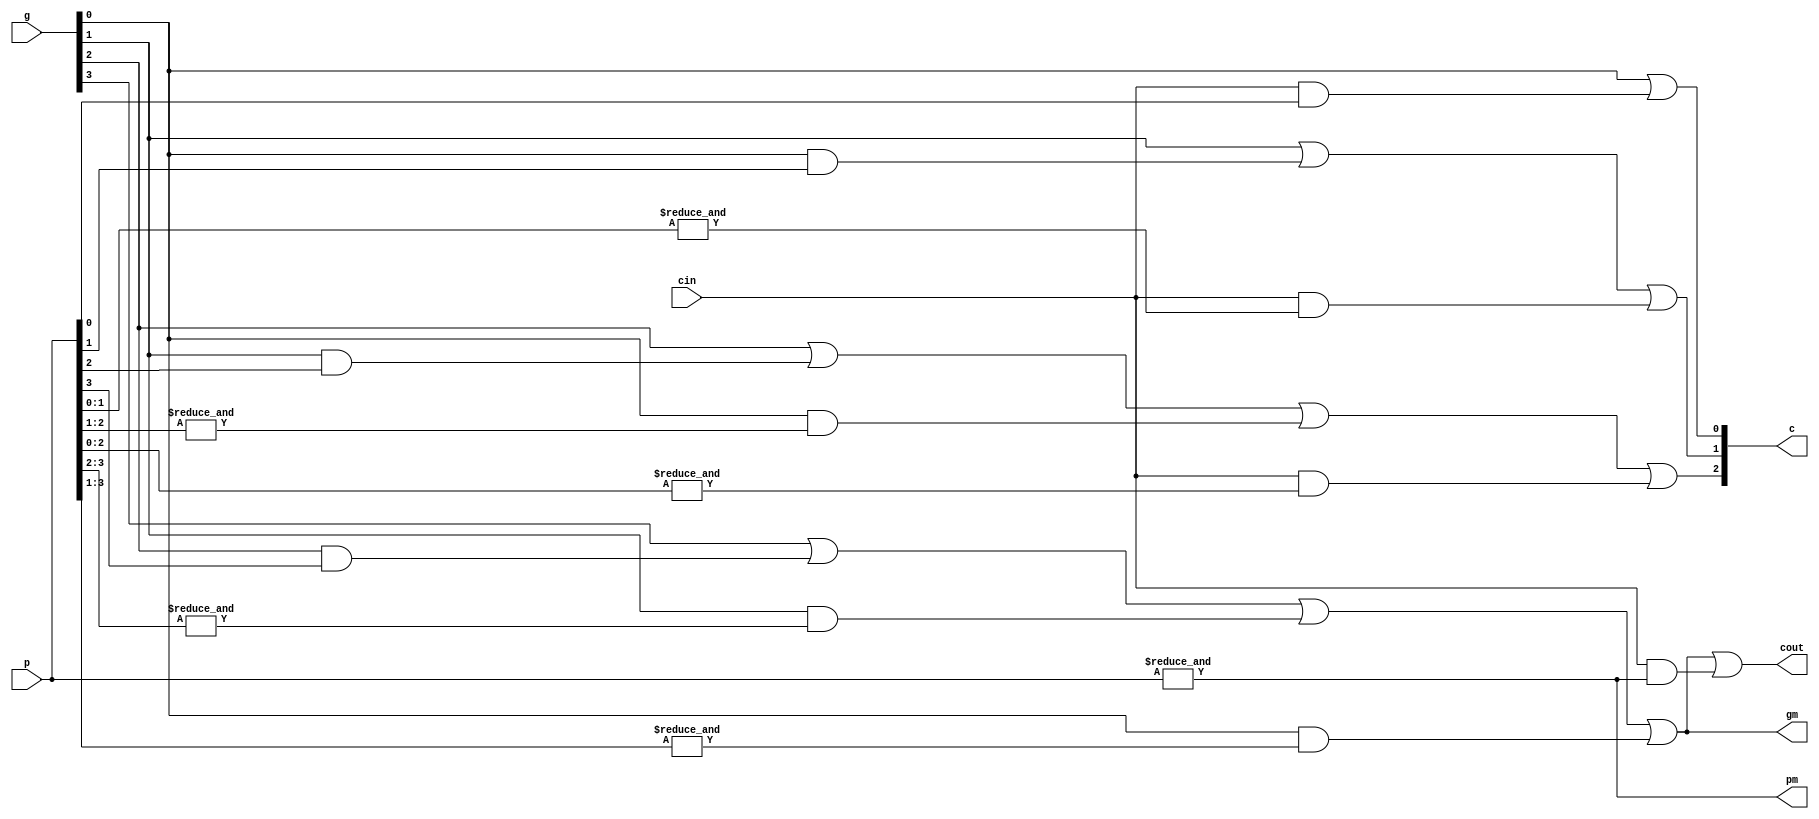
/* ACM Class System (I) Fall Assignment 1 
 *
 *
 * Implement your naive adder here
 * 
 * GUIDE:
 *   1. Create a RTL project in Vivado
 *   2. Put this file into `Sources'
 *   3. Put `test_adder.v' into `Simulation Sources'
 *   4. Run Behavioral Simulation
 *   5. Make sure to run at least 100 steps during the simulation (usually 100ns)
 *   6. You can see the results in `Tcl console'
 *
 */


//PGPMGM
module CLA(
        input [3:0] p, g,
        input cin,
        output [3:1] c,
        output cout, pm, gm
    );
    assign c[1] = g[0] | cin & p[0];
    assign c[2] = g[1] | g[0] & p[1] | cin  & (&p[1:0]);
    assign c[3] = g[2] | g[1] & p[2] | g[0] & (&p[2:1]) | cin  & (&p[2:0]);
    assign cout = g[3] | g[2] & p[3] | g[1] & (&p[3:2]) | g[0] & (&p[3:1]) | cin & (&p[3:0]);
	assign {gm,pm}={g[3] | g[2] & p[3] | g[1] & (&p[3:2]) | g[0] & (&p[3:1]),&p};
endmodule 


module CLA4(
        input [3:0] x1, x2,
        input cin,
        output [3:0] s,
        output cout, p, g
    );
    wire [3:0] P= x1 ^ x2;
    wire [3:0] G= x1 & x2;
    wire [3:1] c;
    CLA process(.p(P), .g(G), .c(c), .cin(cin), .cout(cout), .gm(g), .pm(p));
	assign s0 = {c,cin};
    assign s = P ^ s0;
endmodule //CLA4


module CLA16 (
        input [15:0] X1, X2,
        input cin,
        output [15:0] s,
        output cout, p, g
    );
    wire [3:0] G;
    wire [3:0] P;
    wire [3:1] c;
    CLA4 a0(.x1(X1[ 3: 0]), .x2(X2[ 3: 0]), .s(s[ 3: 0]), .cin(cin),  .p(P[0]), .g(G[0]));
    CLA4 a1(.x1(X1[ 7: 4]), .x2(X2[ 7: 4]), .s(s[ 7: 4]), .cin(c[1]), .p(P[1]), .g(G[1]));
    CLA4 a2(.x1(X1[11: 8]), .x2(X2[11: 8]), .s(s[11: 8]), .cin(c[2]), .p(P[2]), .g(G[2]));
    CLA4 a3(.x1(X1[15:12]), .x2(X2[15:12]), .s(s[15:12]), .cin(c[3]), .p(P[3]), .g(G[3]));
    CLA process(.p(P), .g(G), .c(c), .cin(cin), .cout(cout), .gm(g), .pm(p));
endmodule //CLA16

module adder(
        input       [15:0]          x1,
        input       [15:0]          x2,
        output      [15:0]          s,
        output                      c
    );
    CLA16 add(.X1(x1), .X2(x2), .s(s), .cin(1'b0), .cout(c));
endmodule 
//